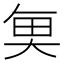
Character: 𮫮